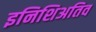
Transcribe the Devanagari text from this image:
इनिशिअतिव